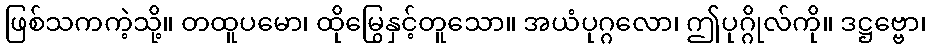
ဖြစ်သကကဲ့သို့။ တထူပမော၊ ထိုမြွေနှင့်တူသော။ အယံပုဂ္ဂလော၊ ဤပုဂ္ဂိုလ်ကို။ ဒဋ္ဌဗ္ဗော၊